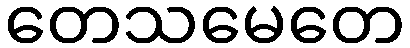
တေသမေတေ